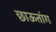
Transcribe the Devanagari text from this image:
छाऊतांग